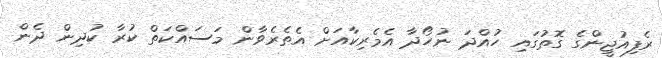
ރެފިއުޖީންގެ ގޮތުގައި ހުއްދަ ނުހޯދާ އެމެރިކާއަށް އެތެރެވާން މަސައްކަތް ކުރާ ކުދިން ދެން